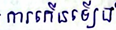
ការកើនឡើង